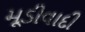
મૂડીવાદી